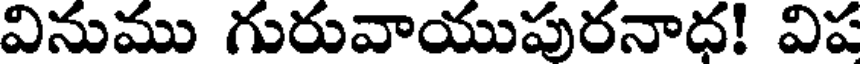
వినుము గురువాయుపురనాధ! విప